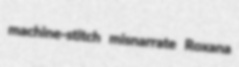
machine-stitch misnarrate Roxana